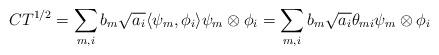
LaTeX: \begin{align*} CT^{1/2} =\sum_{m,i} b_m\sqrt{a_i} \langle \psi_m,\phi_i\rangle \psi_m\otimes \phi_i = \sum_{m,i} b_m\sqrt{a_i} \theta_{mi} \psi_m\otimes \phi_i\end{align*}